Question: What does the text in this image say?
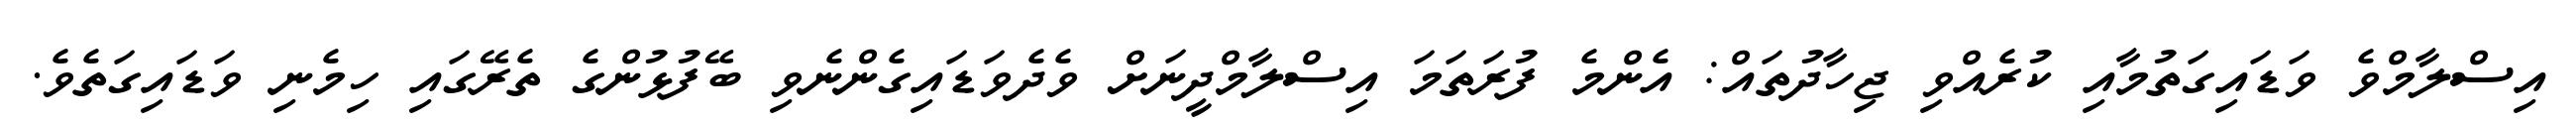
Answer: އިސްލާމްވެ ވަޑައިގަތުމާއި ކުރެއްވި ޖިހާދުތައް: އެންމެ ފުރަތަމަ އިސްލާމްދީނަށް ވެދެވަޑައިގެންނެވި ބޭފުޅުންގެ ތެރޭގައި ހިމެނި ވަޑައިގަތެވެ.